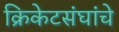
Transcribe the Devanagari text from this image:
क्रिकेटसंघांचे